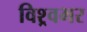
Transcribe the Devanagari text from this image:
विश्र्वभर